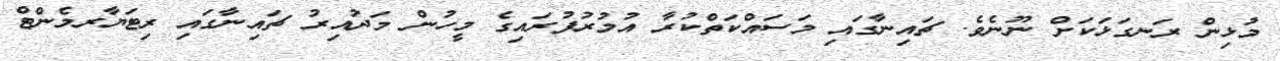
މުޅިން ރަނގަޅަކަށް ނޫނެވެ. ޗައިނާގައި މަސައްކަތްކުރާ އުމުރުފުރައިގެ މީހުން މަދުއިރު ޗައިނާގައި ރިޓަޔާރމެންޓް